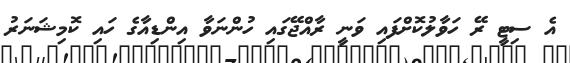
އެ ސިޓީ ރޭ ހަވާލުކޮށްފައި ވަނީ ރާއްޖޭގައި ހުންނަވާ އިންޑިއާގެ ހައި ކޮމިޝަނަރު